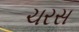
ચરસ